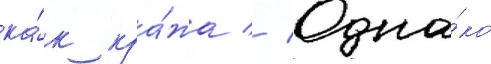
ка́к кра́жа // Одна́ко